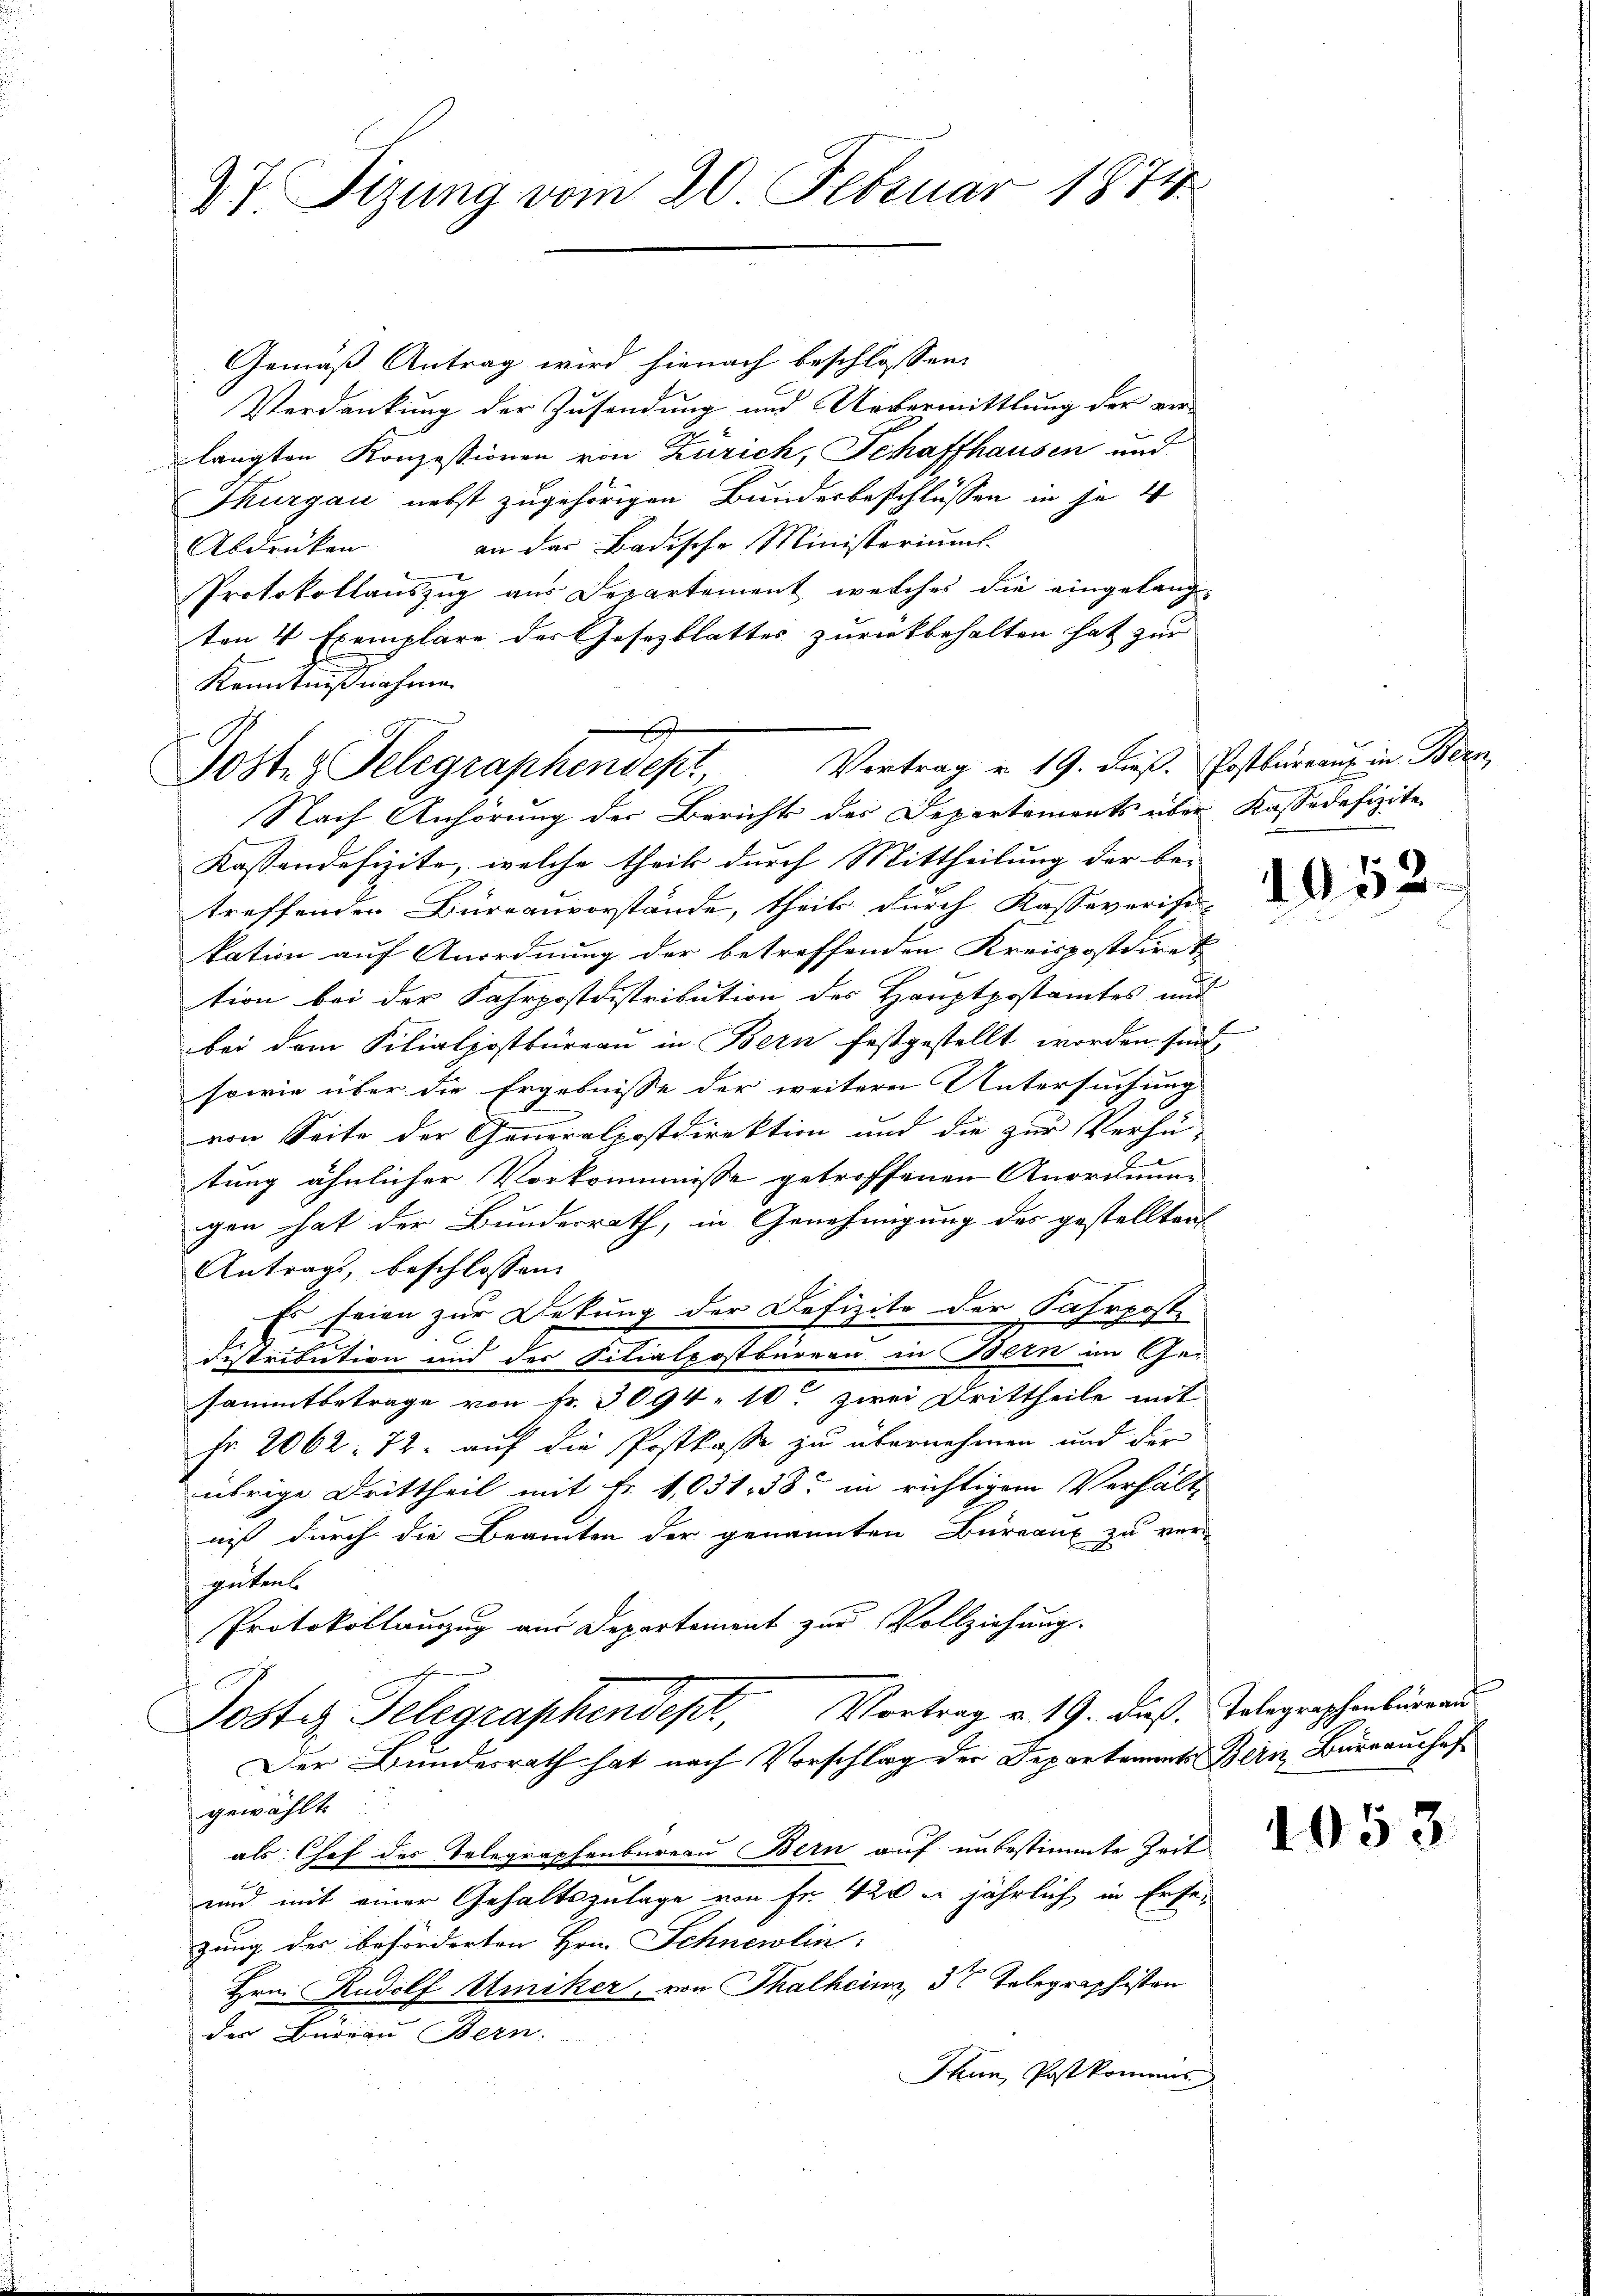
37. Tizung vom 20. Februar 1874

Gemäß Antrag wird hienach beschlossen:
Verdankung der Zusendung und Uebermittlung der ver-
langten Konzessionen von Zürich, Schaffhausen und
Thurgau nebst zugehörigen Bunderbeschlüssen in je 4
an das Badische Ministeriums.
Abdrücken
Protokollauszug aus Departement, welches die eingelang-
ten 4 Exemplare des Gesezblattes zurückbehalten hat zur
Kenntnißnahme
Nach Anhörung der Berichts des Departements über Kassadefizite
Kassendefizite, welche theil durch Mittheilung der be-
treffenden Büreauvorstände, theils durch Kasseverifi-
kation auf Anordnung der betreffenden Kreispostdiret
tion bei der Fahrpostdistribution des Hauptpostamtes und
bei dem Filialpostbüreau in Bern festgestellt worden sind,
sowie über die Ergebnisse der weitere Untersuchung
von Seite der Generalpostdirektion und die zur Verhü-
tung ähnlicher Vorkommnisse getroffenen Anordnung
gen hat der Bundesrath, in Genehmigung des gestellten
Antrags, beschlossen:
Es seien zur Dekung der Defizite der Fahrposte
i
2
Distribution und der Filialpostbureau in Bern im Ge-
sammtbetrage von Fr. 3094. 10. zwei Drittheile mit
hr 2062: 72. auf die Postkasse zu übernehmen und der
übrige Drittheil mit Fr. 1,031, 38 in richtigem Verhält
niß durch die Beamten der genannten Bureaux zu ver-
güten.
Protokollanzug am Departement zur Vollziehung.
Poster Telegraphendept, Vortrag v. 19. dieß. Polegraphenbürger¬
Der Bundesrath hat nach Vorschlag der Departaments Bern, Barrauschafgewählt.
als Chef des Telegraphenbureau Bern auf unbestimmte Zeit
und mit einer Gehaltszulage von Fr. 420 in jährlich in Ersezung des beförderten Hrn. Schnewlin: |
Hrn. Rudolf Amiker, von Thalhein 3 Telegraphiston
der Bureau Bern.
Thun, Postkomans

Vortrag v. 19. dieß. Postbureau in Bern
Posten Telegraphendest

1052.

1953